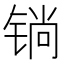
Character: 𲈆